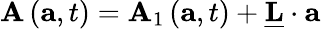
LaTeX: \mathbf{A}\left(\mathbf{a},t\right)=\mathbf{A}_{1}\left(\mathbf{a},t\right)+\underline{{\mathbf{L}}}\cdot\mathbf{a}